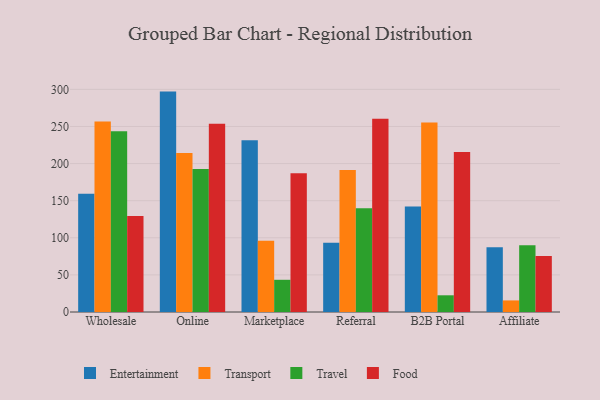
{"axis": {"x": "Channel", "y": "Budget (USD K)"}, "legend": ["Entertainment", "Food", "Transport", "Travel"], "data": [{"x": "Wholesale", "y": 159.5, "type": "Entertainment"}, {"x": "Wholesale", "y": 256.8, "type": "Transport"}, {"x": "Wholesale", "y": 243.6, "type": "Travel"}, {"x": "Wholesale", "y": 129.3, "type": "Food"}, {"x": "Online", "y": 297.0, "type": "Entertainment"}, {"x": "Online", "y": 214.4, "type": "Transport"}, {"x": "Online", "y": 192.8, "type": "Travel"}, {"x": "Online", "y": 253.8, "type": "Food"}, {"x": "Marketplace", "y": 231.5, "type": "Entertainment"}, {"x": "Marketplace", "y": 96.0, "type": "Transport"}, {"x": "Marketplace", "y": 43.4, "type": "Travel"}, {"x": "Marketplace", "y": 187.1, "type": "Food"}, {"x": "Referral", "y": 93.3, "type": "Entertainment"}, {"x": "Referral", "y": 191.4, "type": "Transport"}, {"x": "Referral", "y": 139.7, "type": "Travel"}, {"x": "Referral", "y": 260.4, "type": "Food"}, {"x": "B2B Portal", "y": 142.3, "type": "Entertainment"}, {"x": "B2B Portal", "y": 255.4, "type": "Transport"}, {"x": "B2B Portal", "y": 22.5, "type": "Travel"}, {"x": "B2B Portal", "y": 215.7, "type": "Food"}, {"x": "Affiliate", "y": 87.3, "type": "Entertainment"}, {"x": "Affiliate", "y": 15.6, "type": "Transport"}, {"x": "Affiliate", "y": 90.1, "type": "Travel"}, {"x": "Affiliate", "y": 75.4, "type": "Food"}]}